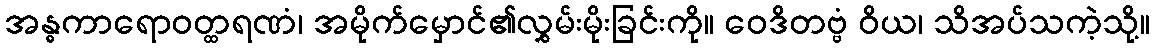
အန္ဓကာရောဝတ္ထရဏံ၊ အမိုက်မှောင်၏လွှမ်းမိုးခြင်းကို။ ဝေဒိတဗ္ဗံ ဝိယ၊ သိအပ်သကဲ့သို့။